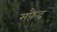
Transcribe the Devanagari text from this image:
सफै़द